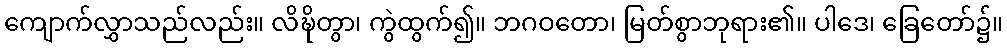
ကျောက်လွှာသည်လည်း။ လိဍ္ဎိတွာ၊ ကွဲထွက်၍။ ဘဂဝတော၊ မြတ်စွာဘုရား၏။ ပါဒေ၊ ခြေတော်၌။